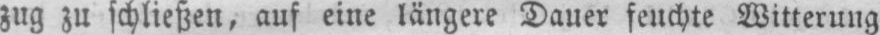
zug zu schließen, auf eine längere Dauer feuchte Witterung